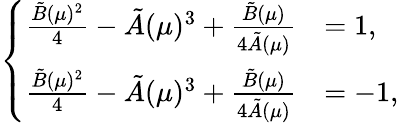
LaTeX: \left\{ \begin{array}{ll}{\frac{\tilde{B}(\mu)^{2}}{4}-\tilde{A}(\mu)^{3}+\frac{\tilde{B}(\mu)}{4\tilde{A}(\mu)}}&{=1,}\\ {\frac{\tilde{B}(\mu)^{2}}{4}-\tilde{A}(\mu)^{3}+\frac{\tilde{B}(\mu)}{4\tilde{A}(\mu)}}&{=-1,}\end{array}\right.